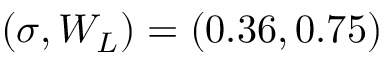
\left( \sigma , W _ { L } \right) = \left( 0 . 3 6 , 0 . 7 5 \right)